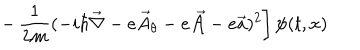
LaTeX: \left. - \, \frac { 1 } { 2 m } ( - i \hbar { \vec { \nabla } } - e { \vec { A } } _ { \theta } - e { \vec { \cal A } } - e { \vec { a } } ) ^ { 2 } \right] \psi ( t , x )